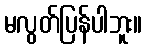
မလွတ်ပြန်ပါဘူး။